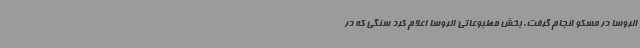
الروسا در مسکو انجام گرفت. بخش مطبوعاتی الروسا اعلام کرد سنگی که در